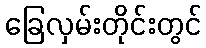
ခြေလှမ်းတိုင်းတွင်